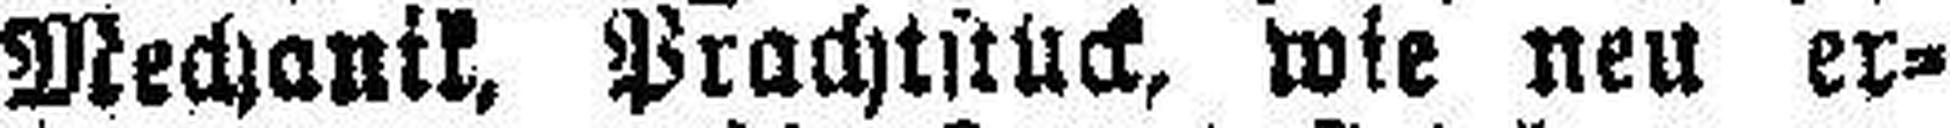
Mechanik, Prachtstück, wie neu er¬